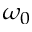
\omega _ { 0 }